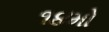
૧૪મો